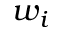
w _ { i }